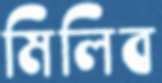
মিলিব